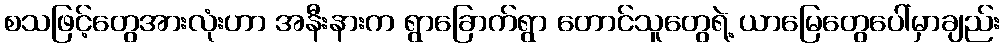
စသဖြင့်တွေအားလုံးဟာ အနီးနားက ရွာခြောက်ရွာ တောင်သူတွေရဲ့ ယာမြေတွေပေါ်မှာချည်း